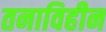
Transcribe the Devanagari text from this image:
तनाविहीन